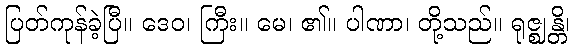
ပြတ်ကုန်ခဲ့ပြီ။ ဒေဝ၊ ကြီး။ မေ၊ ၏။ ပါဏာ၊ တို့သည်။ ရုဇ္ဈန္တိ၊